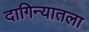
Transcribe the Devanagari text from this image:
दागिन्यातला